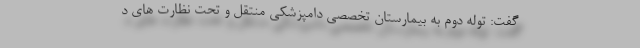
گفت: توله دوم به بیمارستان تخصصی دامپزشکی منتقل و تحت نظارت های د